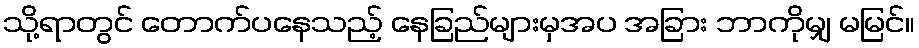
သို့ရာတွင် တောက်ပနေသည့် နေခြည်များမှအပ အခြား ဘာကိုမျှ မမြင်။